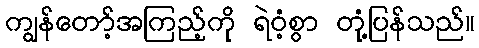
ကျွန်တော့်အကြည့်ကို ရဲဝံ့စွာ တုံ့ပြန်သည်။